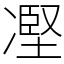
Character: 𠗻